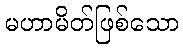
မဟာမိတ်ဖြစ်သော